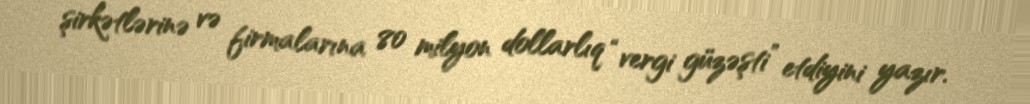
şirkətlərinə və firmalarına 80 milyon dollarlıq “vergi güzəşti” etdiyini yazır.